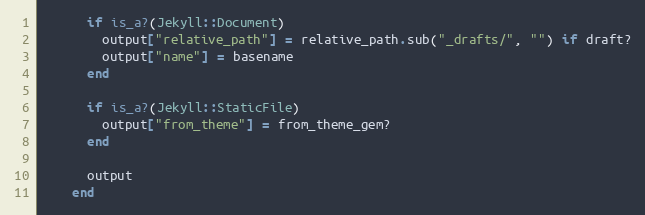
Language: Ruby
      if is_a?(Jekyll::Document)
        output["relative_path"] = relative_path.sub("_drafts/", "") if draft?
        output["name"] = basename
      end

      if is_a?(Jekyll::StaticFile)
        output["from_theme"] = from_theme_gem?
      end

      output
    end